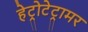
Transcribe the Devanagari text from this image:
हेट्रोटेट्रामर